Report of the Municipal Commissioner on the plague in Bombay for the year ending 31st May... - Volume 1
Disease focus: Plague
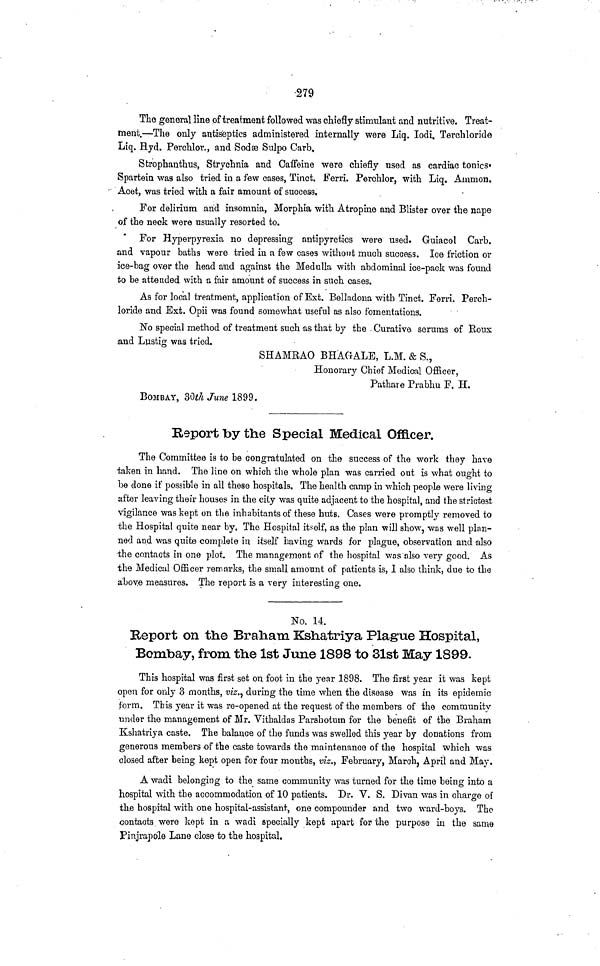
279
The general line of treatment followed was chiefly stimulant and nutritive. Treat-
ment.—The only antiseptics administered internally were Liq. lodi, Terchloride
Liq. Hyd. Perchlor., and Sodæ Sulpo Carb.
Strophanthus, Strychnia and Caffeine were chiefly used as cardiac tonics.
Spartein was also tried in a few cases, Tinct. Ferri. Perchlor, with Liq. Ammon.
Acet, was tried with a fair amount of success.
For delirium arid insomnia, Morphia with Atropine and Blister over the nape
of the neck were usually resorted to.
For Hyperpyrexia no depressing antipyretics were used. Guiacol Carb.
and vapour baths were tried in a few cases without much success. Ice friction or
ice-bag over the head and against the Medulla with abdominal ice-pack was found
to be attended with a fair amount of success in such cases.
As for local treatment, application of Ext. Belladona with Tinct. Ferri. Perch-
loride and Ext. Opii was found somewhat useful as also fomentations.
No special method of treatment such as that by the Curative serums of Roux
and Lustig was tried.
SHAMBAO BHAGALE, L.M. & S.,
Honorary Chief Medical Officer,
Pathare Prabhu F. H.
BOMBAY, 30th June 1899.
Report by the Special Medical Officer.
The Committee is to be congratulated on the success of the work they have
taken in hand. The line on which the whole plan was carried out is what ought to
be done if possible in all these hospitals. The health camp in which people were living
after leaving their houses in the city was quite adjacent to the hospital, and the strictest
vigilance was kept on the inhabitants of these huts. Cases were promptly removed to
the Hospital quite near by. The Hospital itself, as the plan will show, was well plan-
ned and was quite complete in itself having wards for plague, observation and also
ihe contacts in one plot. The management of the hospital was also very good. As
the Medical Officer remarks, the small amount of patients is, 1 also think, due to the
above measures. The report is a very interesting one.
No. 14.
Report on the Braham Kshatriya Plague Hospital,
Bombay, from the 1st June 1898 to 31st May 1899.
This hospital was first set on foot in the year 1898. The first year it was kept
open for only 3 months, viz,. during the time when the disease was in its epidemic
form. This year it was re-opened at the request of the members of the community
under the management of Mr. Vithaldas Parshotum for the benefit of the Braham
Kshatriya caste. The balance of the funds was swelled this year by donations from
generous members -of the caste towards the maintenance of the hospital which was
closed after being kept open for four mouths, viz., February, March, April and May.
A wadi belonging to the same community was turned for the time being into a
hospital with the accommodation of 10 patients. Dr. V. S. Divan was in charge of
the hospital with one hospital-assistant, one compounder and two ward-boys. The
contacts were kept in a wadi specially kept apart for the purpose in the same
Pinjrapole Lane close to the hospital,